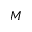
{ M }